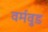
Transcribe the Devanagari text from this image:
वर्मवुड